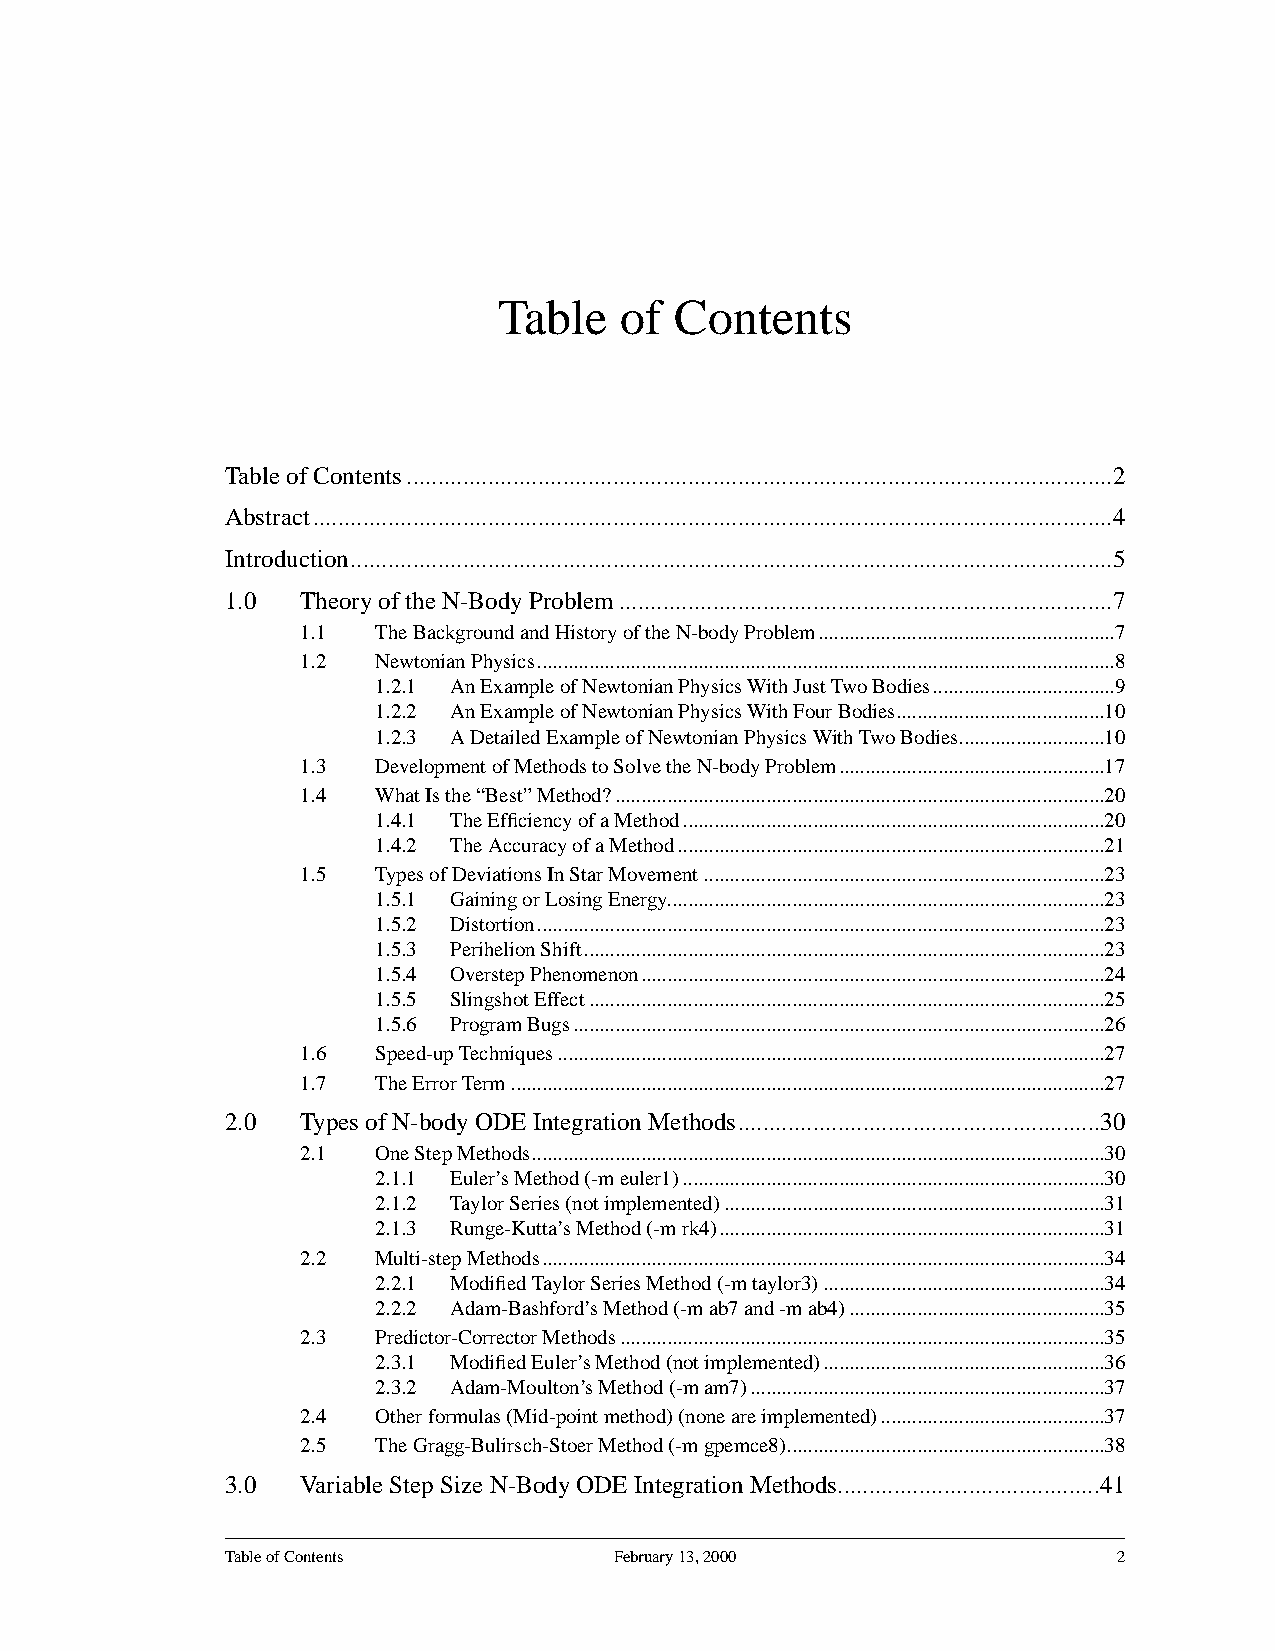
Table   of  Contents
 Table of Contents.................................................................................................................2
 Abstract................................................................................................................................4
 Introduction..........................................................................................................................5
 1.0  Theory of the N-Body Problem...............................................................................7
 1.1  The Background and History of the N-body Problem.........................................................7
 1.2  Newtonian Physics...............................................................................................................8
 1.2.1 An Example of Newtonian Physics With Just Two Bodies...................................9
 1.2.2 An Example of Newtonian Physics With Four Bodies........................................10
 1.2.3 A Detailed Example of Newtonian Physics With Two Bodies............................10
 1.3  Development of Methods to Solve the N-body Problem...................................................17
 1.4  What Is the “Best” Method?..............................................................................................20
 1.4.1 The Efficiency of a Method.................................................................................20
 1.4.2 The Accuracy of a Method..................................................................................21
 1.5  Types of Deviations In Star Movement.............................................................................23
 1.5.1 Gaining or Losing Energy....................................................................................23
 1.5.2 Distortion.............................................................................................................23
 1.5.3 Perihelion Shift....................................................................................................23
 1.5.4 Overstep Phenomenon.........................................................................................24
 1.5.5 Slingshot Effect...................................................................................................25
 1.5.6 Program Bugs......................................................................................................26
 1.6  Speed-up Techniques.........................................................................................................27
 1.7  The Error Term..................................................................................................................27
 2.0  Types of N-body ODE Integration Methods..........................................................30
 2.1  One Step Methods..............................................................................................................30
 2.1.1 Euler’s Method (-m euler1).................................................................................30
 2.1.2 Taylor Series (not implemented).........................................................................31
 2.1.3 Runge-Kutta’s Method (-m rk4)..........................................................................31
 2.2  Multi-step Methods............................................................................................................34
 2.2.1 Modified Taylor Series Method (-m taylor3)......................................................34
 2.2.2 Adam-Bashford’s Method (-m ab7 and -m ab4).................................................35
 2.3  Predictor-Corrector Methods.............................................................................................35
 2.3.1 Modified Euler’s Method (not implemented)......................................................36
 2.3.2 Adam-Moulton’s Method (-m am7)....................................................................37
 2.4  Other formulas (Mid-point method) (none are implemented)...........................................37
 2.5  The Gragg-Bulirsch-Stoer Method (-m gpemce8).............................................................38
 3.0  Variable Step Size N-Body ODE Integration Methods..........................................41
 Table of Contents         February 13, 2000                2